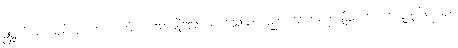
ဥဋ္ဌုင်္ကယာဂုဝါ၊ တစ်ယောက်စားသောချိုသောယာဂုသည်လည်း။ ဟောတု၊ ဖြစ်စေ။ ကဋစ္ဆုဘိက္ခာဝါ၊